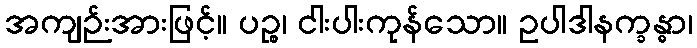
အကျဉ်းအားဖြင့်။ ပဉ္စ၊ ငါးပါးကုန်သော။ ဥပါဒါနက္ခန္ဓာ၊